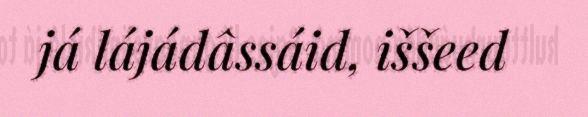
já lájádâssáid, iššeed